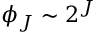
\phi _ { J } \sim 2 ^ { J }